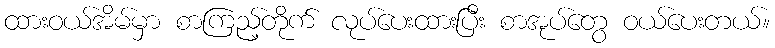
ထားဝယ်အိမ်မှာ စာကြည့်တိုက် လုပ်ပေးထားပြီး စာအုပ်တွေ ဝယ်ပေးတယ်။